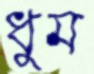
ধুম